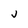
Character: v